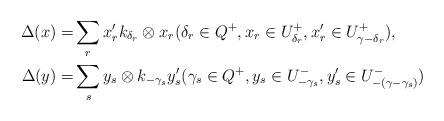
LaTeX: \begin{align*}\Delta(x)=&\sum_r x'_rk_{\delta_r}\otimes x_r(\delta_r\in Q^+, x_r\in U^+_{\delta_r}, x'_r\in U^+_{\gamma-\delta_r}),\\\Delta(y)=&\sum_s y_s\otimes k_{-\gamma_s}y'_s(\gamma_s\in Q^+, y_s\in U^-_{-\gamma_s}, y'_s\in U^-_{-(\gamma-\gamma_s)})\end{align*}